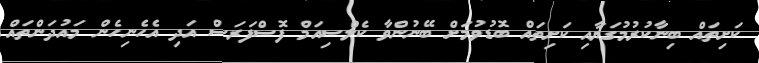
ކަށިތައް ބިނާކުރުމުގަޔާއި ކަށިތައް ބޮޑުވުމަށް ބޭނުންވާ ކެލްސިއަމް ފޮސްފަރަސް އަދި އެހެނިހެން މައުދަންތައް